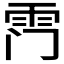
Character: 𮦅